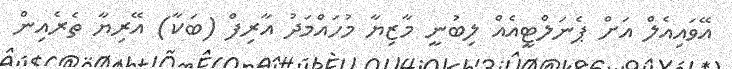
އޭވައިއެލް އަށް ޕެނަލްޓީއެއް ލިބުނީ މާޒިޔާ މުހައްމަދު އާރިފް (ބަކާ) އޭރިޔާ ތެރެއިން